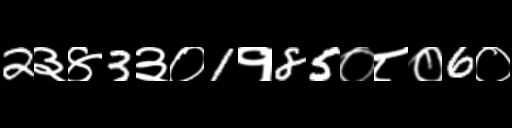
Text: 2३४3३०1१85०८०6०